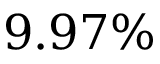
9 . 9 7 \%